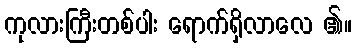
ကုလားကြီးတစ်ပါး ရောက်ရှိလာလေ ၏။